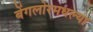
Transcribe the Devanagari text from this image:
बेंगलोरमधल्या